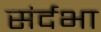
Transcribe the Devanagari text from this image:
संर्दभा